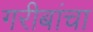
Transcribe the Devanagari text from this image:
गरीबांचा